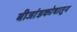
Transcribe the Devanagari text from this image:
बीजांडकोषातून